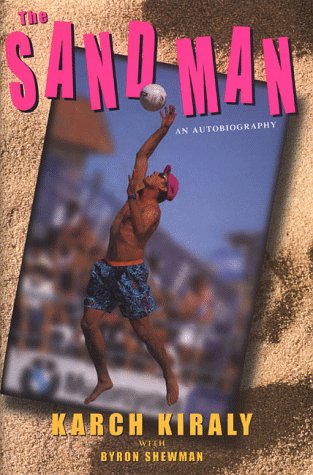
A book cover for The Sand Man: An Autobiography; Karch Kiraly; Sports & Outdoors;